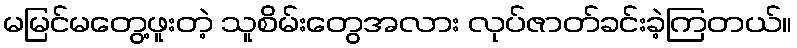
မမြင်မတွေ့ဖူးတဲ့ သူစိမ်းတွေအလား လုပ်ဇာတ်ခင်းခဲ့ကြတယ်။